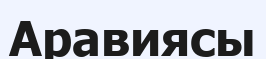
Аравиясы